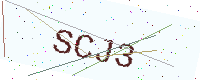
Text: SCJ3